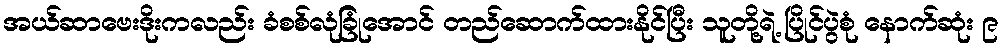
အယ်ဆာဗေးဒိုးကလည်း ခံစစ်လုံခြုံအောင် တည်ဆောက်ထားနိုင်ပြီး သူတို့ရဲ့ ပြိုင်ပွဲစုံ နောက်ဆုံး ၉